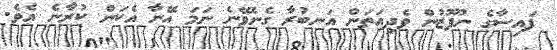
ފައިސާގެ ނުފޫޒުން ވެދިއަތަން އަނބުރާ ގެނެވޭނެ ނަމަ އޭނާ އެކަން ކުރާނެ އެވެ.